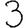
Digit: 3